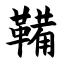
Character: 鞴